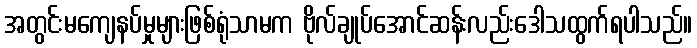
အတွင်းမကျေနပ်မှုများဖြစ်ရုံသာမက ဗိုလ်ချုပ်အောင်ဆန်းလည်းဒေါသထွက်ရပါသည်။